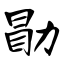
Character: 勖